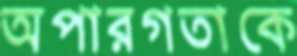
অপারগতাকে